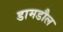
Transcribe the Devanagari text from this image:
डामडौल